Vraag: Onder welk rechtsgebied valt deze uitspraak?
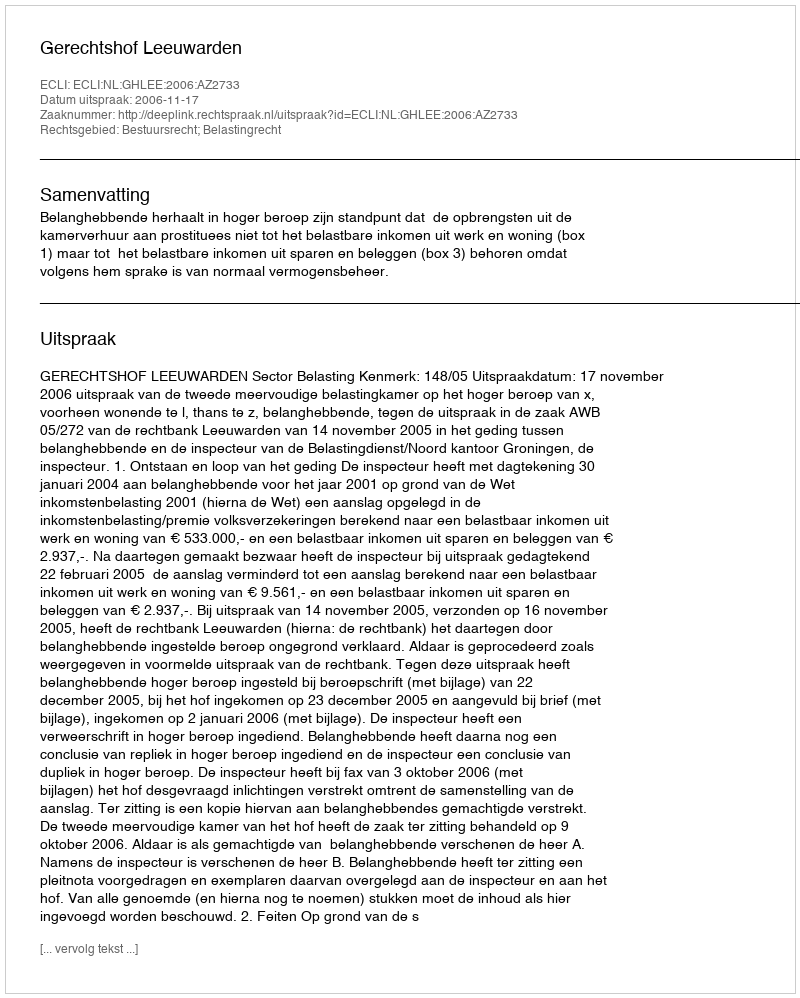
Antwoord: Bestuursrecht; Belastingrecht